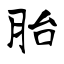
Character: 胎